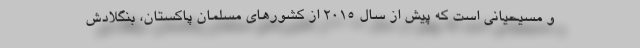
و مسیحیانی است که پیش از سال ۲۰۱۵ از کشورهای مسلمان پاکستان، بنگلادش